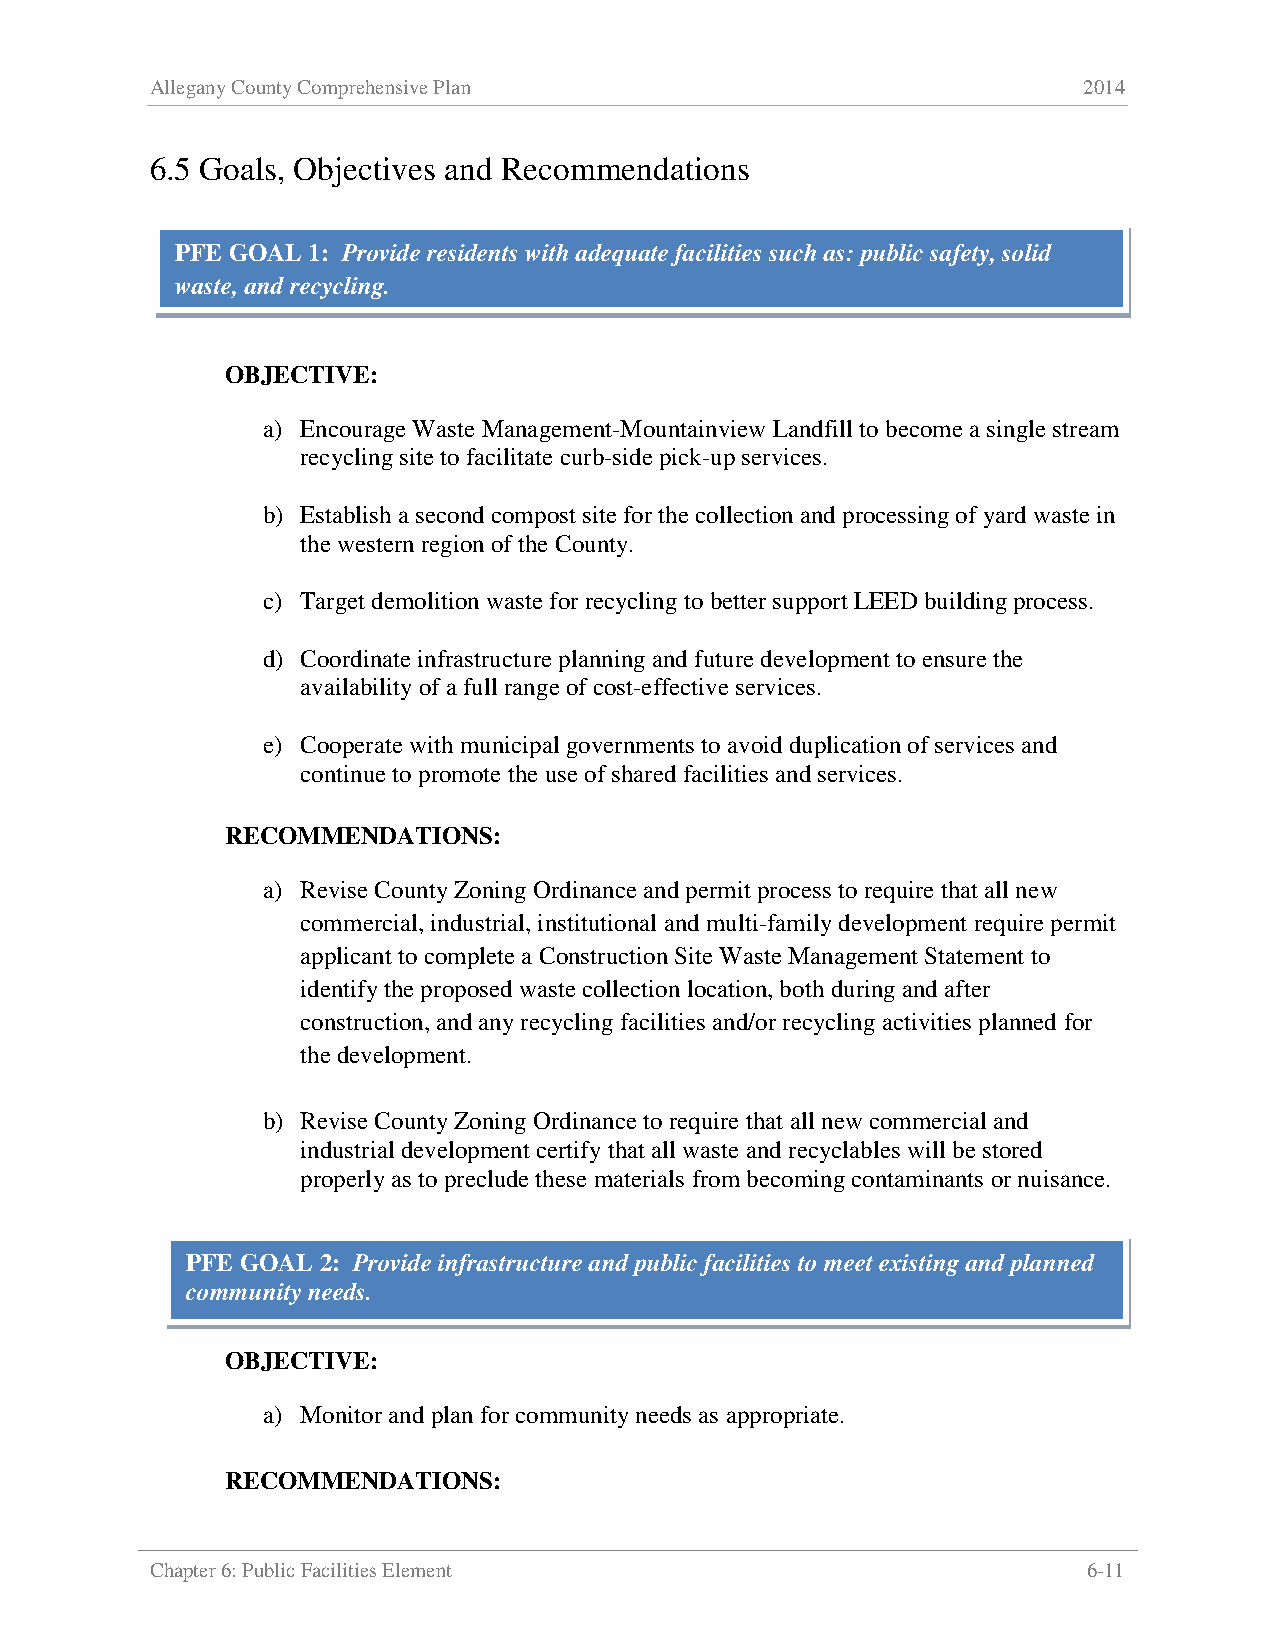
Allegany County Comprehensive Plan                            2014
 6.5 Goals, Objectives and Recommendations
 PFE GOAL 1: Provide residents with adequate facilities such as: public safety, solid
 waste, and recycling.
 OBJECTIVE:
 a) Encourage Waste Management-Mountainview Landfill to become a single stream
 recycling site to facilitate curb-side pick-up services.
 b) Establish a second compost site for the collection and processing of yard waste in
 the western region of the County.
 c) Target demolition waste for recycling to better support LEED building process.
 d) Coordinate infrastructure planning and future development to ensure the
 availability of a full range of cost-effective services.
 e) Cooperate with municipal governments to avoid duplication of services and
 continue to promote the use of shared facilities and services.
 RECOMMENDATIONS:
 a) Revise County Zoning Ordinance and permit process to require that all new
 commercial, industrial, institutional and multi-family development require permit
 applicant to complete a Construction Site Waste Management Statement to
 identify the proposed waste collection location, both during and after
 construction, and any recycling facilities and/or recycling activities planned for
 the development.
 b) Revise County Zoning Ordinance to require that all new commercial and
 industrial development certify that all waste and recyclables will be stored
 properly as to preclude these materials from becoming contaminants or nuisance.
 PFE GOAL 2: Provide infrastructure and public facilities to meet existing and planned
 community needs.
 OBJECTIVE:
 a) Monitor and plan for community needs as appropriate.
 RECOMMENDATIONS:
 Chapter 6: Public Facilities Element                          6-11